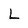
Character: L